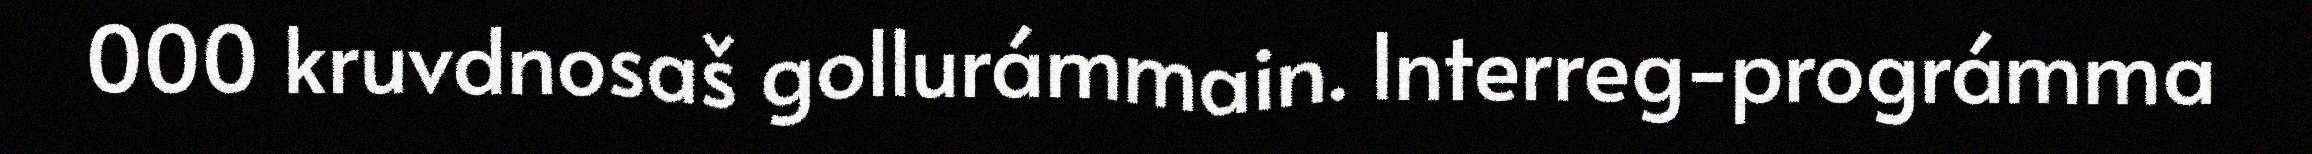
000 kruvdnosaš gollurámmain. Interreg-prográmma